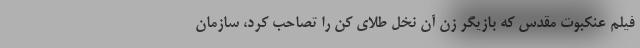
فیلم عنکبوت مقدس که بازیگر زن آن نخل طلای کن را تصاحب کرد، سازمان